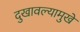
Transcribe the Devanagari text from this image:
दुखावल्यामुखे